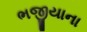
ભજીયાના